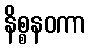
နိစ္စနဝကာ